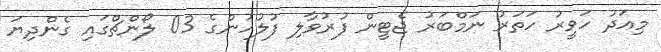
މިއަދު ހަވީރު ހަތަރު ނަމްބަރު ޖެޓީން ފުރުވާލި ފުލުހުންގެ 03 ލޯންޗްގައި ގެންދިޔަ